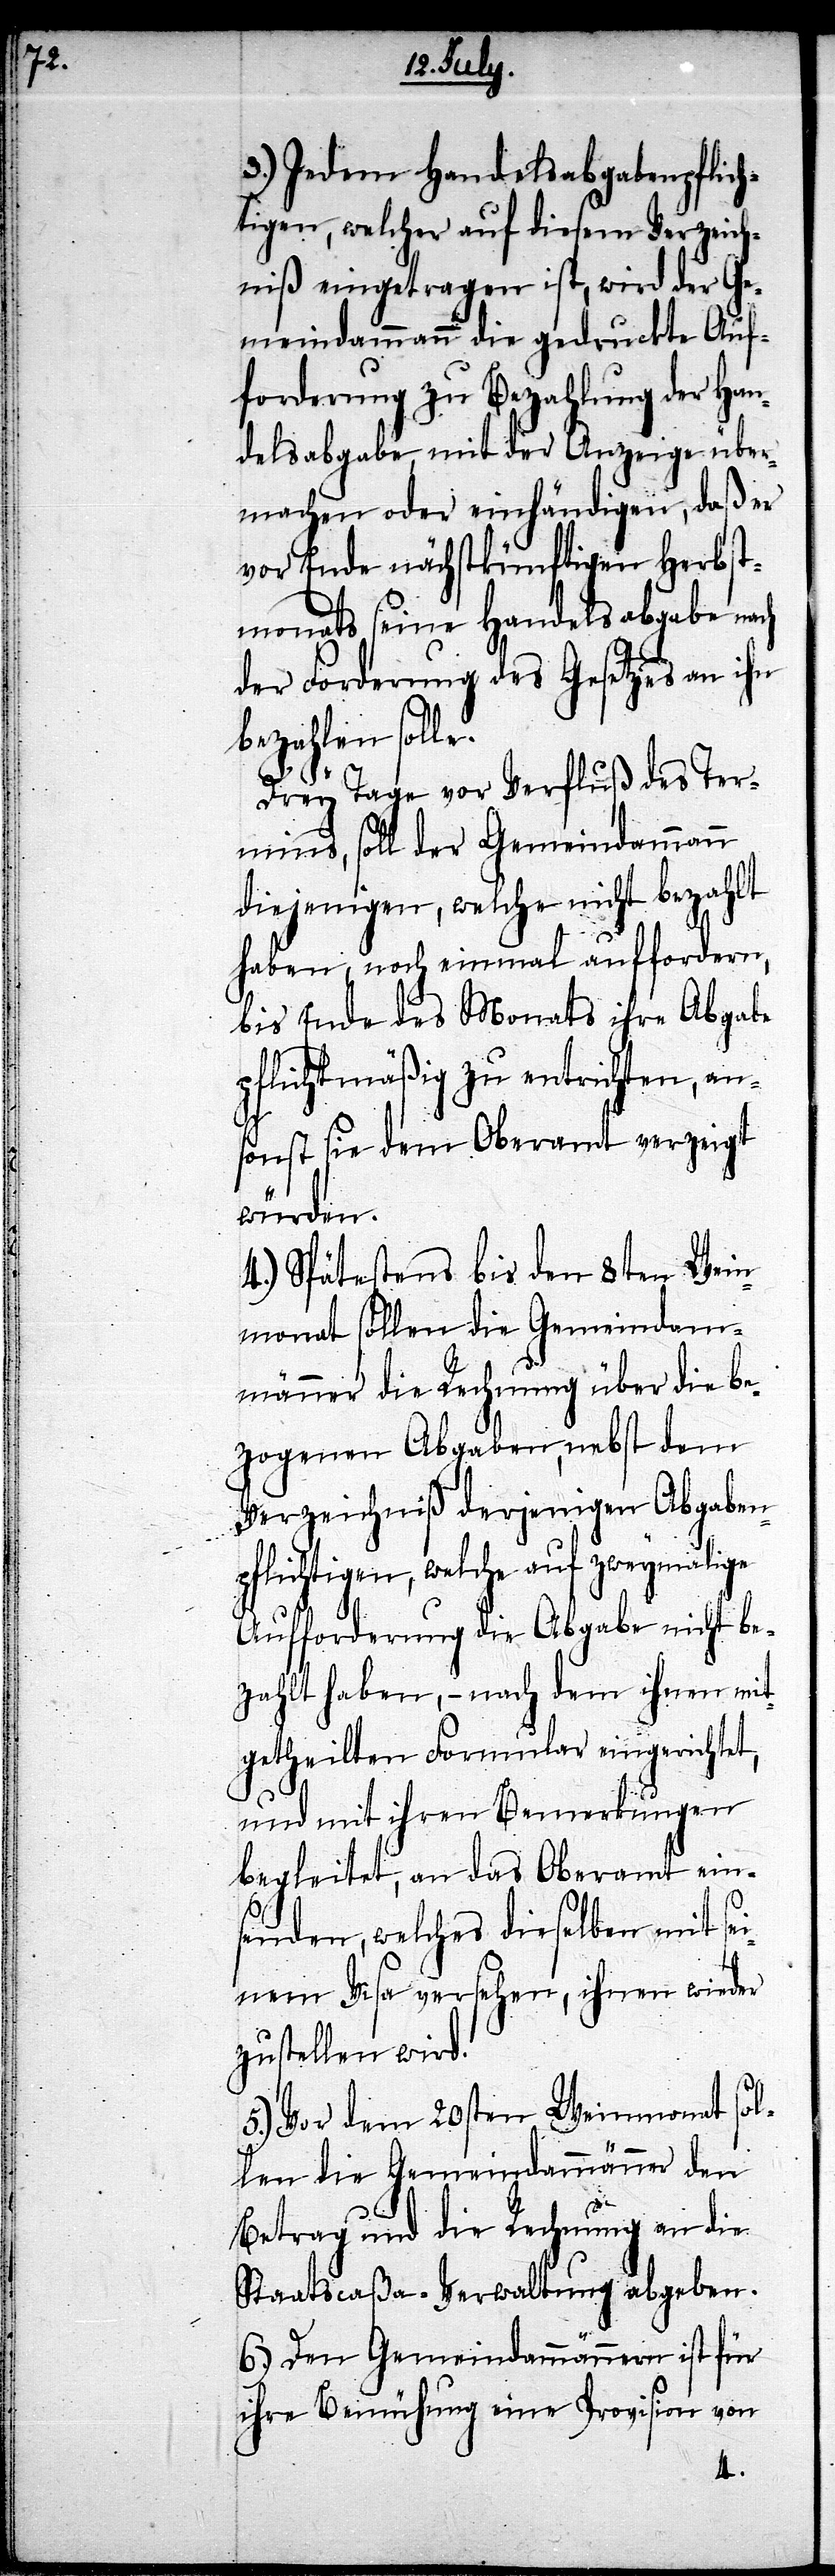
3.) Jedem Handelsabgabenpflich¬
tigen, welcher auf diesem Verzeich¬
niß eingetragen ist, wird der Ge¬
meindammann die gedruckte Auf¬
forderung zu Bezahlung der Han¬
delsabgabe, mit der Anzeige über¬
machen oder einhändigen, daß er
vor Ende nächstkünftigen Herbst¬
monats seine Handelsabgabe nach
der Forderung des Gesetzes an ihr
bezahlen solle.
Drey Tage vor Verfluß des Ter¬
mins, soll der Gemeindammann
diejenigen, welche nicht bezahlt
haben, noch einmal auffordern,
bis Ende des Monats ihre Abgabe
pflichtmäßig zu entrichten, ans¬
onst sie dem Oberamt verzeigt
würden.
4.) Spätestens bis den 8ten Wein¬
monat sollen die Gemeindam¬
männer die Rechnung über die be¬
zogenen Abgaben, nebst dem
Verzeichniß derjenigen Abgaben¬
pflichtigen, welche auf zweymalige
Aufforderung die Abgabe nicht be¬
zahlt haben, – nach dem ihnen mit¬
getheilten Formular eingerichtet,
und mit ihren Bemerkungen
begleitet, an das Oberamt ein¬
senden, welches dieselben mit sei¬
nem Visa versehen, ihnen wieder
zustellen wird.
5.) Vor dem 20sten Weinmonat sol¬
len die Gemeindammänner den
Betrag und die Rechnung an die
Staatscaßa-Verwaltung abgeben.
6.) Den Gemeindammännern ist für
ihre Bemühung eine Provision von